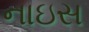
નાઇસ